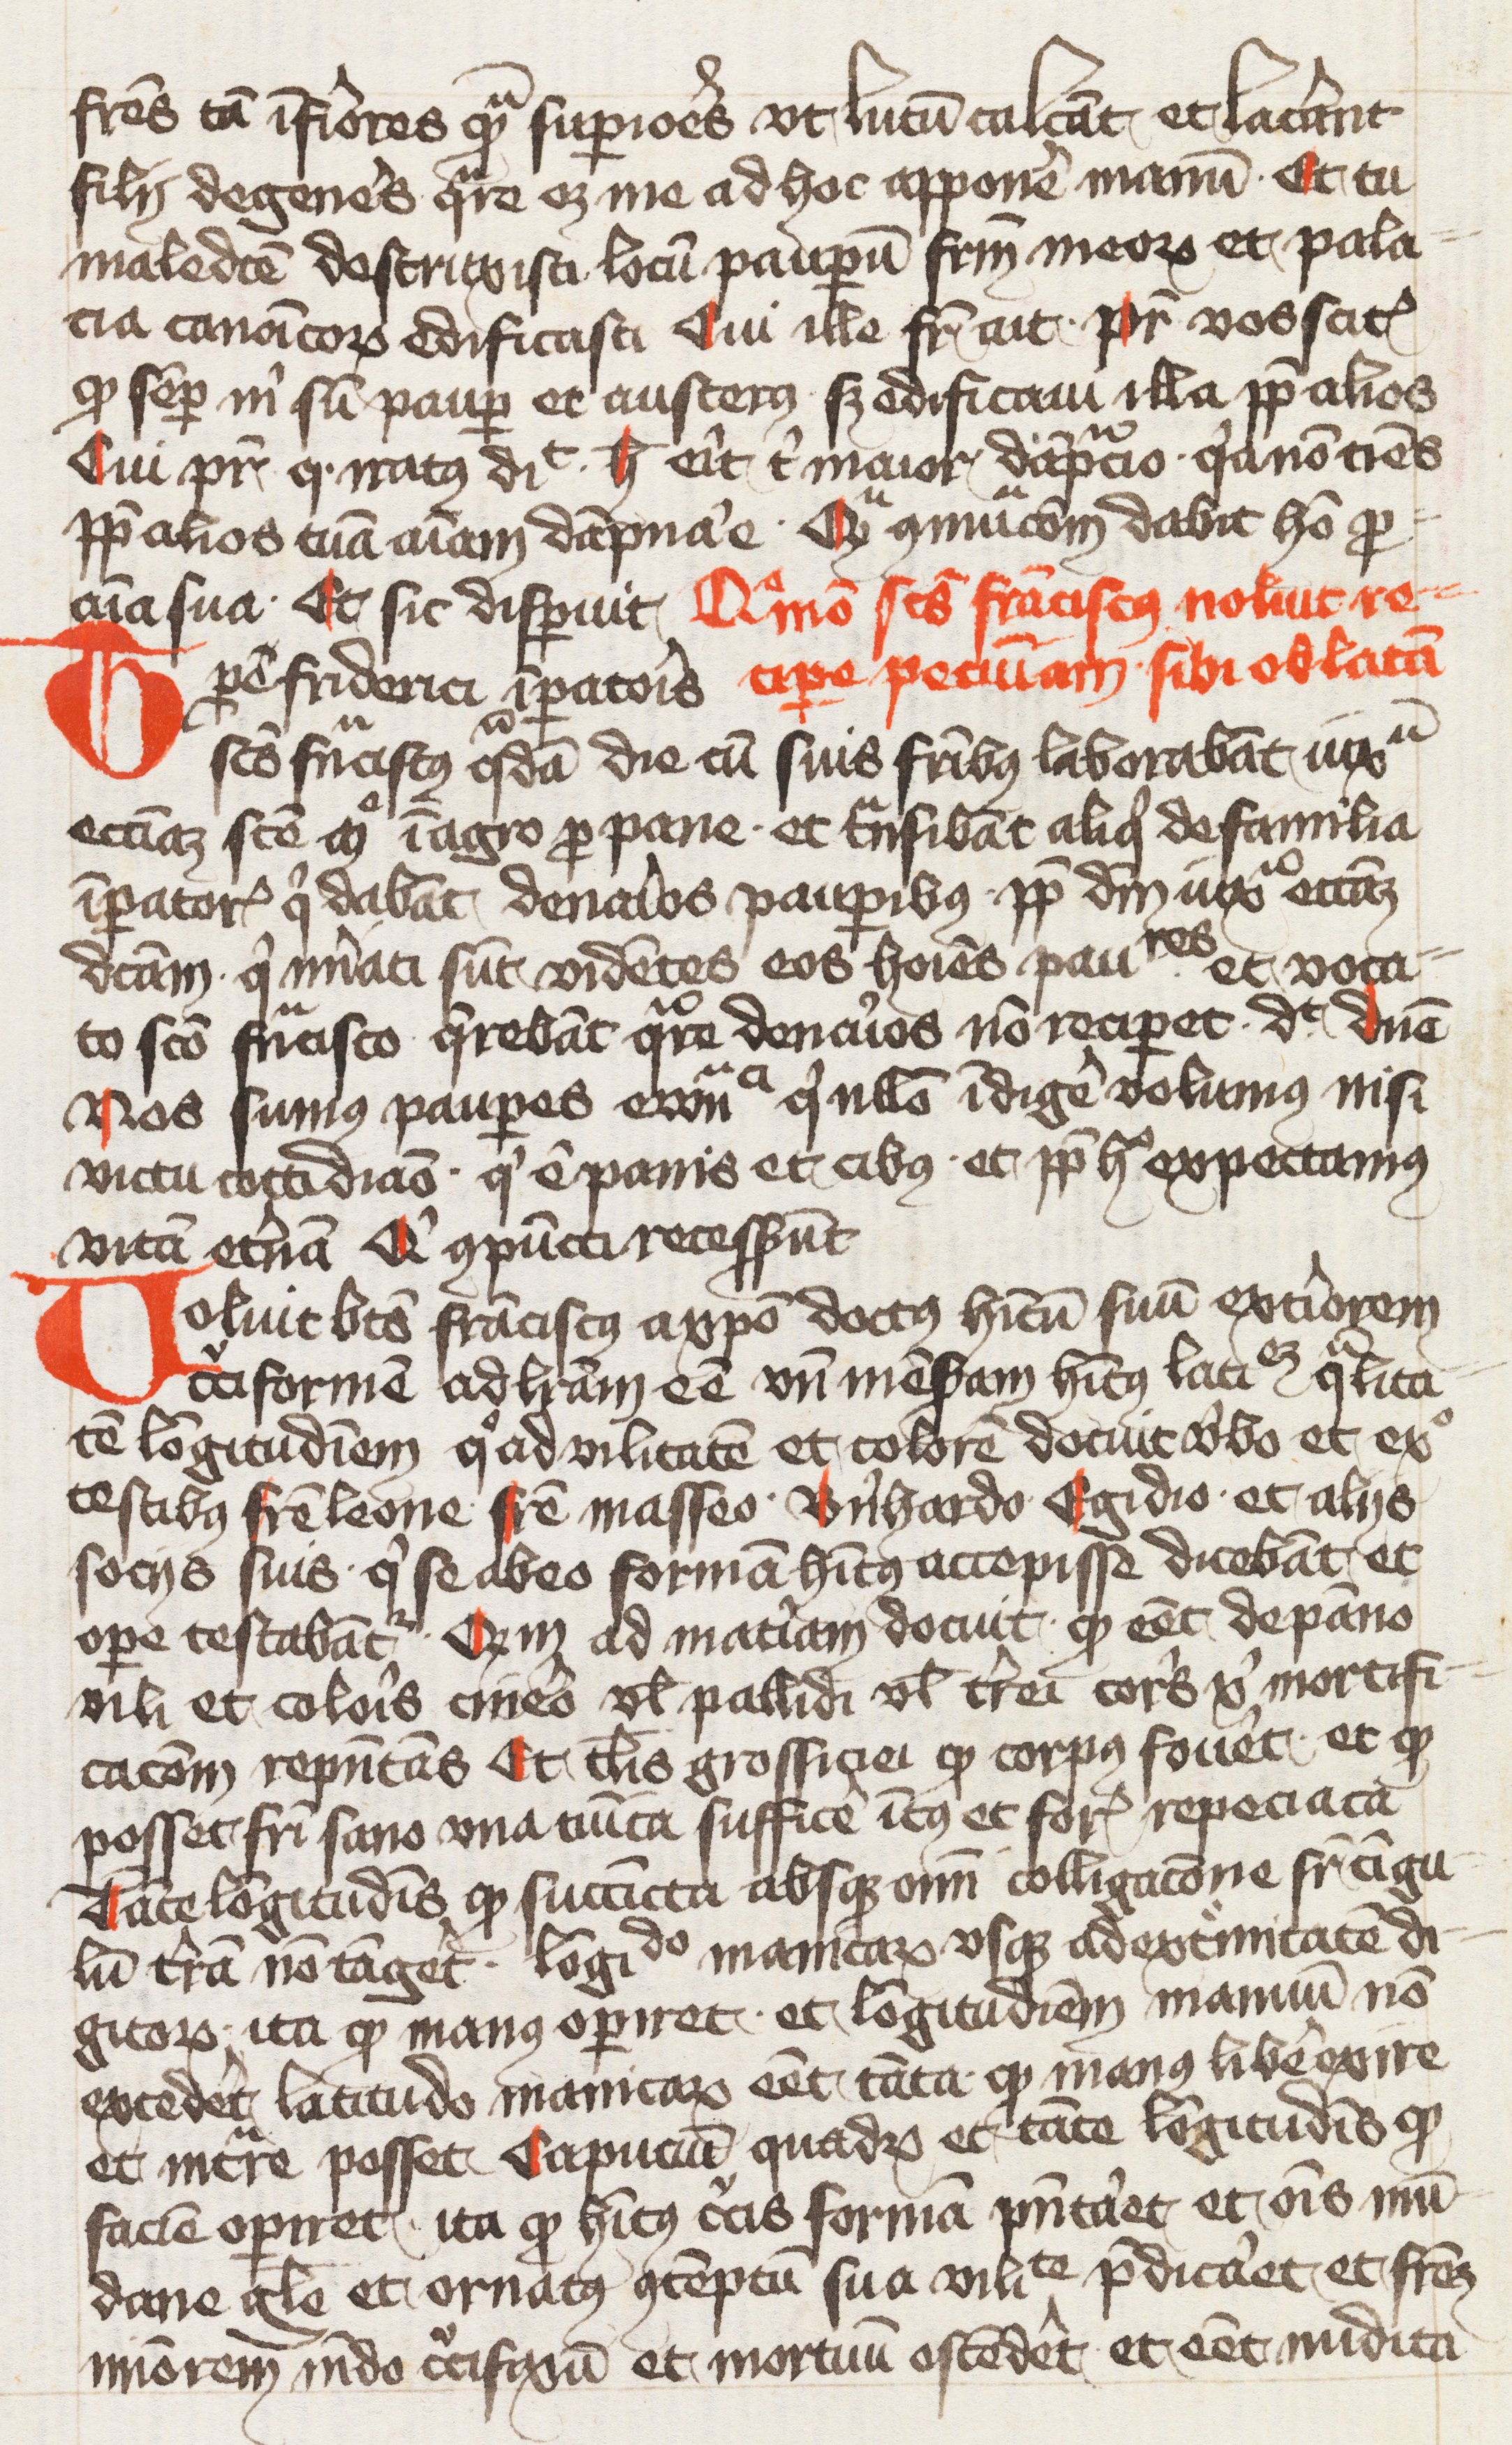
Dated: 1400–1424